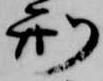
刑